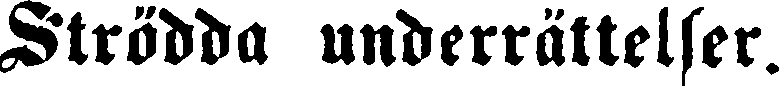
Strödda underrättelser.